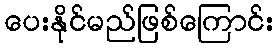
ပေးနိုင်မည်ဖြစ်ကြောင်း